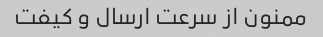
ممنون از سرعت ارسال و کیفت